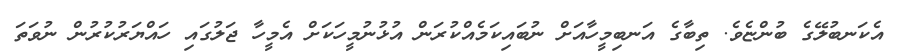
އެކަނބުލޭގެ ބުންޏެވެ. ތިބާގެ އަނބިމީހާއަށް ނުބައިކަމެއްކުރަން އުޅުނުމީހަކަށް އެމީހާ ޖަލުގައި ހައްޔަރުކުރުން ނުވަތަ